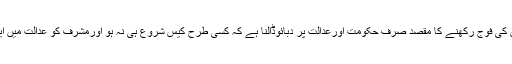
تو دراصل اتنی مہنگی اوربڑی وکیلوں کی فوج رکھنے کا مقصد صرف حکومت اورعدالت پر دبائوڈالنا ہے کہ کسی طرح کیس شروع ہی نہ ہو اورمشرف کو عدالت میں ایک مجرم کی طرح پیش نہ ہونا پڑے۔